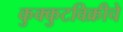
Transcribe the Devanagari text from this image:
कुक्कुटविक्रीचे